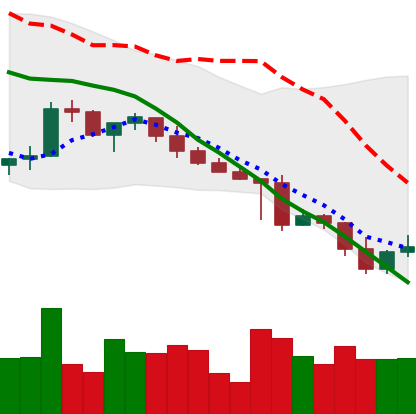
Ticker: XRP-USD
Chart end date: 2022-05-02
Forward return: -5.197%
Label: down_5_7